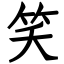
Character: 笑